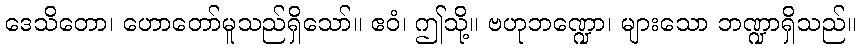
ဒေသိတော၊ ဟောတော်မူသည်ရှိသော်။ ဧဝံ၊ ဤသို့။ ဗဟုဘဏ္ဍော၊ များသော ဘဏ္ဍာရှိသည်။